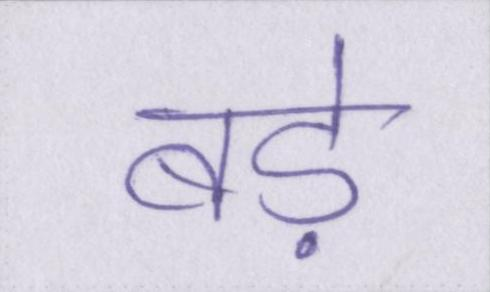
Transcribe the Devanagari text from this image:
बडे़